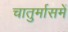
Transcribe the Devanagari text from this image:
चातुर्मासमें